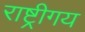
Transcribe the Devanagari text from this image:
राष्ट्रीगय